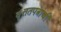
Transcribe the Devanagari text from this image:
वृत्ततपत्रांची